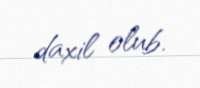
daxil olub.